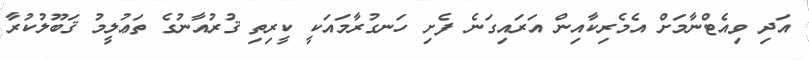
އަދި ވިއެޓްނާމަށް އެމެރިކާއިން އަރައިގަނެ ފެށި ހަނގުރާމައަކީ ކީރިތި ޤުރުއާނުގެ ތަޢުލީމު ޤަބޫލުކުރާ